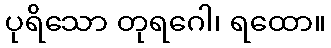
ပုရိသော တုရဂေါ၊ ရထော။